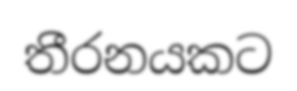
තීරනයකට